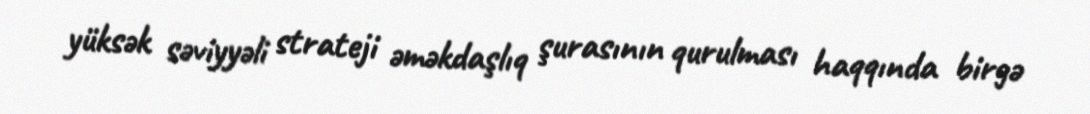
yüksək səviyyəli strateji əməkdaşlıq şurasının qurulması haqqında birgə